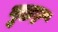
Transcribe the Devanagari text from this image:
पूडर